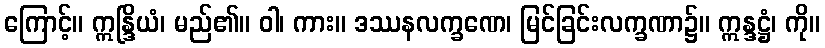
ကြောင့်။ ဣန္ဒြိယံ၊ မည်၏။ ဝါ၊ ကား။ ဒဿနလက္ခဏေ၊ မြင်ခြင်းလက္ခဏာ၌။ ဣန္ဒဋ္ဌံ၊ ကို။